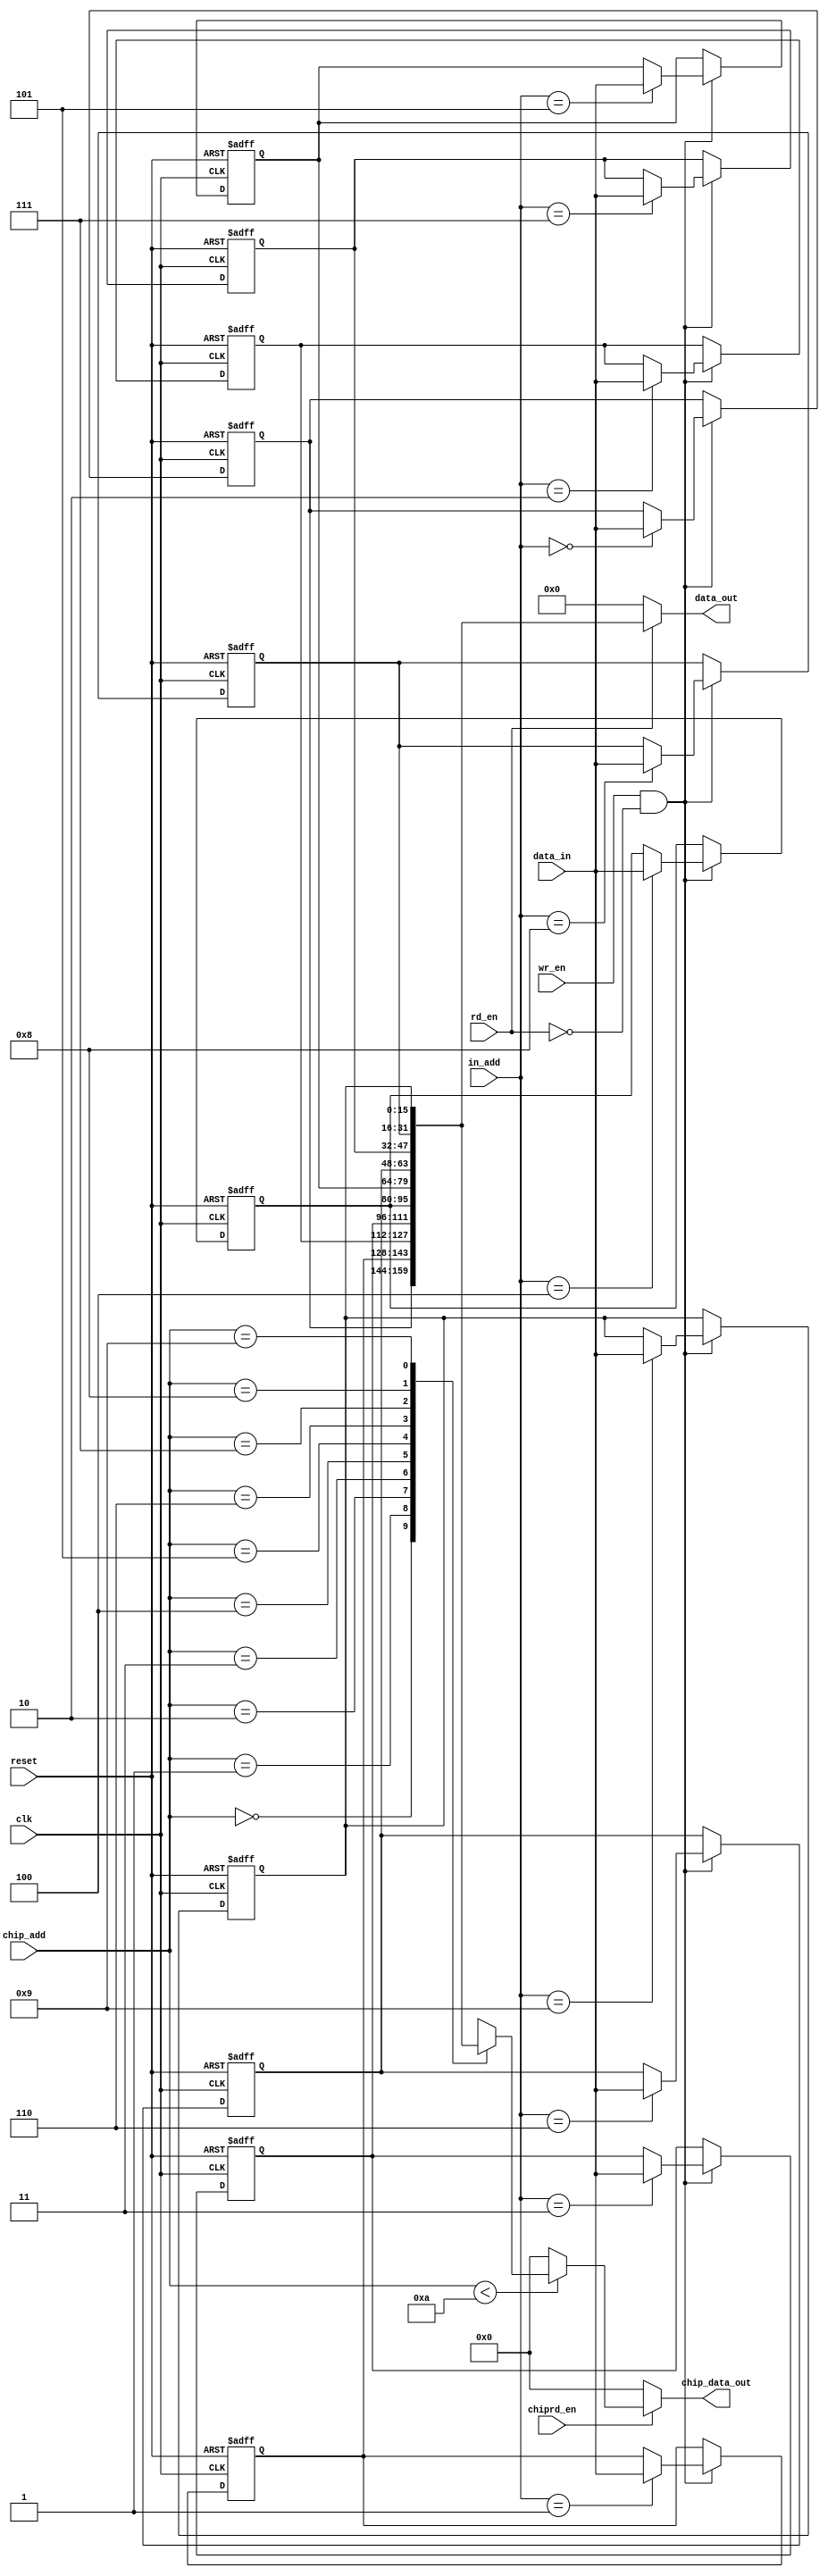
`timescale 1ns / 1ps
//////////////////////////////////////////////////////////////////////////////////
// Company: 
// Engineer: 
// 
// Design Name: 
// Module Name: New_mem_1d2
// Project Name: 
// Target Devices: 
// Tool Versions: 
// Description: 
// 
// Dependencies: 
// 
// Revision:
// Revision 0.01 - File Created
// Additional Comments:
// 
//////////////////////////////////////////////////////////////////////////////////


module New_mem_1d2(data_in, reset, clk, in_add, wr_en, rd_en, data_out, chip_add, chiprd_en, chip_data_out );

parameter DW = 16;
parameter MEM_SIZE = 10;//memory size
parameter MEM_ADDR = 4;//memory address size
integer i;//just count

input [DW-1:0] data_in;
input reset, clk;
input [MEM_ADDR-1:0] in_add;//for input addres
input wr_en;
input rd_en;
output reg [MEM_SIZE*DW-1:0] data_out;//first line
reg [DW-1:0] mem [0:MEM_SIZE-1];

input [MEM_ADDR-1:0] chip_add;
input chiprd_en;
output reg [DW-1:0] chip_data_out;

always @ (posedge clk or negedge reset)
begin
    if( !reset )
    begin
        for(i=0;i<MEM_SIZE;i=i+1) begin
            mem[i] <= 0;//reset all mem
        end
    end
    else
    begin
        if(wr_en && (!rd_en))//make sure that write mode and read mode don't activate same time
        begin
            mem[in_add] <= data_in;
        end
    end
end

always @ (*)
begin
    if(rd_en)
    begin
        //make output data using 1 memory data. 10 -> 1
        data_out = {mem[0],mem[1],mem[2],mem[3],mem[4],mem[5],mem[6],mem[7],mem[8],mem[9]};
    end
    else
    begin
        data_out = 0;
    end
end
always @ (*)
begin
    if(chiprd_en)
    begin
        chip_data_out = (chip_add < 10) ? mem[chip_add] : 0;
    end
    else
    begin
        chip_data_out = 0;
    end
end
endmodule